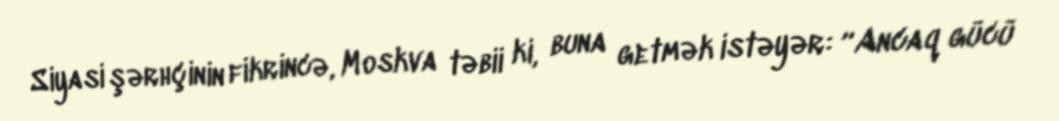
Siyasi şərhçinin fikrincə, Moskva təbii ki, buna getmək istəyər: “Ancaq gücü